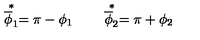
\stackrel { * } { \overline { \phi } _ { 1 } } = \pi - \phi _ { 1 } \qquad \stackrel { * } { \overline { \phi } _ { 2 } } = \pi + \phi _ { 2 }